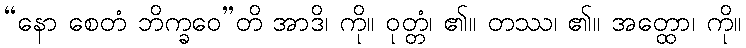
“နော စေတံ ဘိက္ခဝေ”တိ အာဒိ၊ ကို။ ဝုတ္တံ၊ ၏။ တဿ၊ ၏။ အတ္ထော၊ ကို။